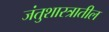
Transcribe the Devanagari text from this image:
जंतुशास्त्रातील